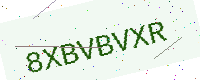
Text: 8XBVBVXR